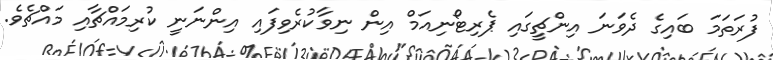
ފުރަތަމަ ބައިގެ ދެވަނަ އިންޗީގައި ޕެރިޓޯނިއަމް އިން ނިވާކުރެވިފައި އިންނަނީ ކުރިމައްޗާއި މައްޗެވެ.